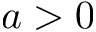
a > 0